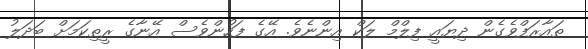
ތައާރަފްވެގެން ދިޔައީ ފިލްމް ލަކް އިންނެވެ. އޭގެ ފަހުންވެސް އޭނާގެ ރީތިކަމަށް ބަދަލު